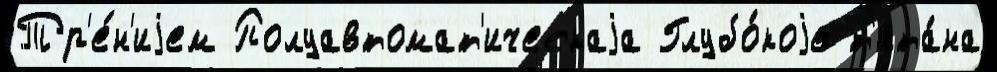
Тр'е́н'иjем Полуавтомат'ическаjа Глубо́коjе т'ита́на